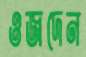
ওজদেন